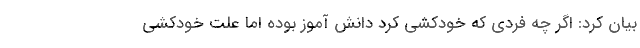
بیان کرد: اگر چه فردی که خودکشی کرد دانش آموز بوده اما علت خودکشی